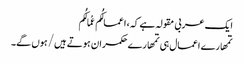
ایک عربی مقولہ ہے کہ، اعمالُکُم عُمالُکُم
تمھارے اعمال ہی تمھارے حکمران ہوتے ہیں/ ہوں گے۔